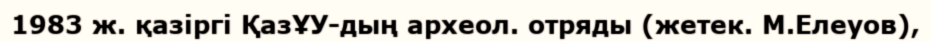
1983 ж. қазіргі ҚазҰУ-дың археол. отряды (жетек. М.Елеуов),